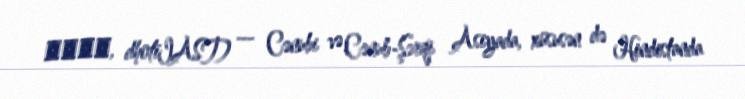
धोती, dhotīIAST) — Cənubi və Cənub-Şərqi Asiyada, xüsusən də Hindistanda